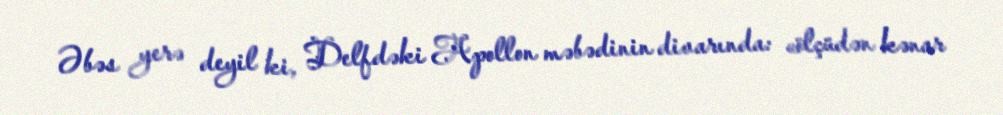
Əbəs yerə deyil ki, Delfdəki Apollon məbədinin divarında: «ölçüdən kənar